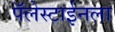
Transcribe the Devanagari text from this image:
पॅलेस्टाईनला